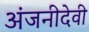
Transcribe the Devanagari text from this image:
अंजनीदेवी